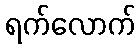
ရက်လောက်